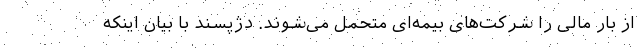
از بار مالی را شرکت‌های بیمه‌ای متحمل می‌شوند. دژپسند با بیان اینکه